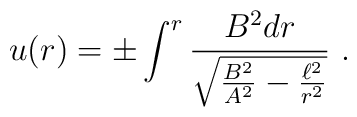
u(r) = \pm \int^r \frac{B^2 dr}{\sqrt{\frac{B^2}{A^2} -  \frac{\ell^2}{r^2}}}~.